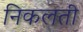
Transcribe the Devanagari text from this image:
निकलती